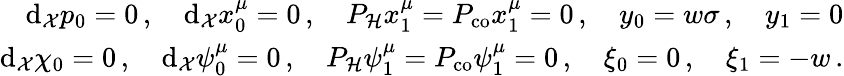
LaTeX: \begin{array}{r}{\mathrm{d}_{\mathcal{X}}p_{0}=0\, ,\quad\mathrm{d}_{\mathcal{X}}x_{0}^{\mu}=0\, ,\quad P_{\mathcal H}x_{1}^{\mu}=P_{\mathrm{co}}x_{1}^{\mu}=0\, ,\quad y_{0}=w\sigma\, ,\quad y_{1}=0}\\ {\mathrm{d}_{\mathcal{X}}\chi_{0}=0\, ,\quad\mathrm{d}_{\mathcal{X}}\psi_{0}^{\mu}=0\, ,\quad P_{\mathcal H}\psi_{1}^{\mu}=P_{\mathrm{co}}\psi_{1}^{\mu}=0\, ,\quad\xi_{0}=0\, ,\quad\xi_{1}=-w\, .}\end{array}